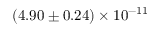
( 4 . 9 0 \pm 0 . 2 4 ) \times 1 0 ^ { - 1 1 }